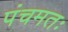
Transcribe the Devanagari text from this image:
पंचमतः